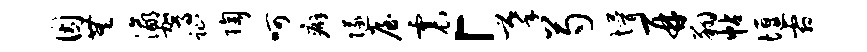
因无瀛驾趾陶呵癖隧屋震「摹芍懵再翔帖堰霜